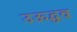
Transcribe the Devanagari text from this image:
उऊद्धव